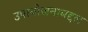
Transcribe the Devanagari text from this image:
उपायोजनाबद्दल